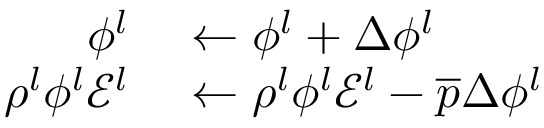
\begin{array} { r l } { \phi ^ { l } } & { { } \leftarrow \phi ^ { l } + \Delta \phi ^ { l } } \\ { \rho ^ { l } \phi ^ { l } \mathscr { E } ^ { l } } & { { } \leftarrow \rho ^ { l } \phi ^ { l } \mathscr { E } ^ { l } - \overline { { p } } \Delta \phi ^ { l } } \end{array}